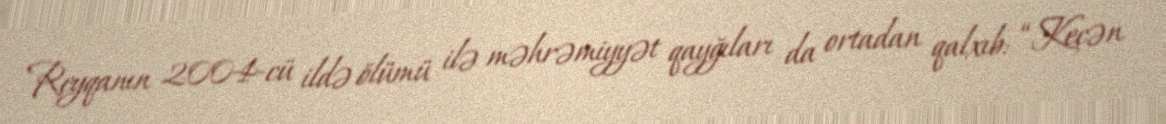
Reyqanın 2004-cü ildə ölümü ilə məhrəmiyyət qayğıları da ortadan qalxıb: “Keçən